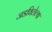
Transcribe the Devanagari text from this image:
जडविलेल्या